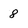
Character: 8